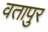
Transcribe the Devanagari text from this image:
वतापुर